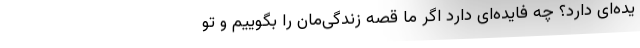
یده‌ای دارد؟ چه فایده‌ای دارد اگر ما قصه زندگی‌مان را بگوییم و تو